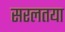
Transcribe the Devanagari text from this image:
सरलतया